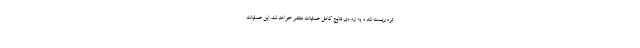
تروریست شد و به زودی نتایج کامل عملیات منتشر خواهد شد. این عملیات